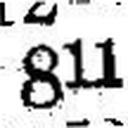
811